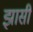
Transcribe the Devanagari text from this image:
झासी